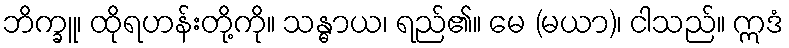
ဘိက္ခူ၊ ထိုရဟန်းတို့ကို။ သန္ဓာယ၊ ရည်၏။ မေ (မယာ)၊ ငါသည်။ ဣဒံ